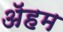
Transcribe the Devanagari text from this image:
ॲहम